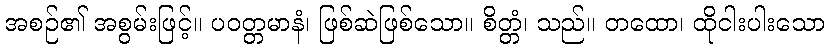
အစဉ်၏ အစွမ်းဖြင့်။ ပဝတ္တမာနံ၊ ဖြစ်ဆဲဖြစ်သော။ စိတ္တံ၊ သည်။ တထော၊ ထိုငါးပါးသော